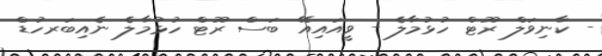
- ކާނިވަލް ރޫޓް ހުޅުމާލެ - ވީއައިއޭ ބަސް ރޫޓް ހުޅުމާލެ ނެއިބަރހުޑް